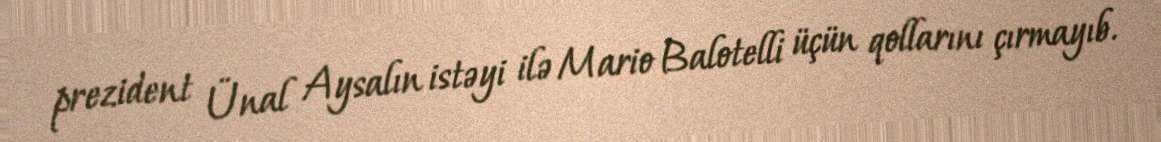
prezident Ünal Aysalın istəyi ilə Mario Balotelli üçün qollarını çırmayıb.